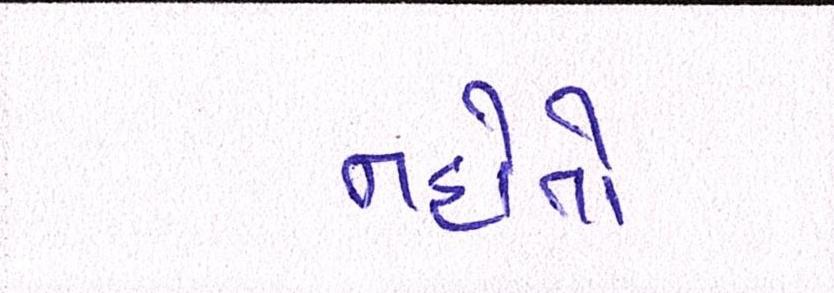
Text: નહોતો